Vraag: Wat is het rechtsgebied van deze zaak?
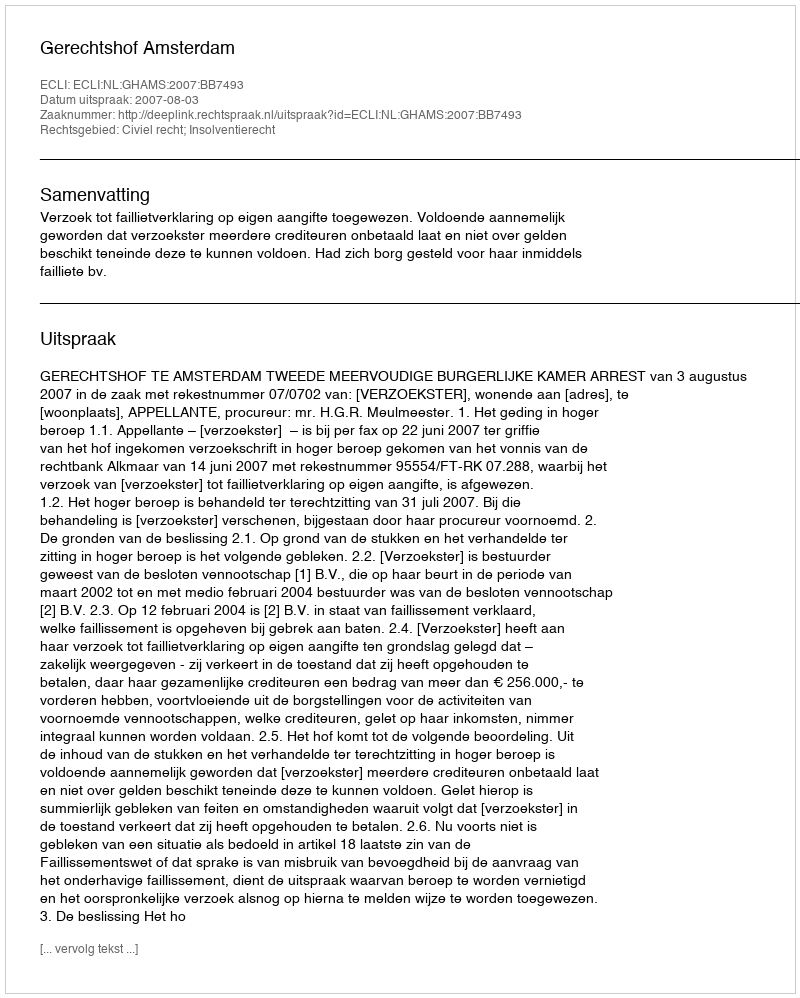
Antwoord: Civiel recht; Insolventierecht